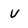
Character: V